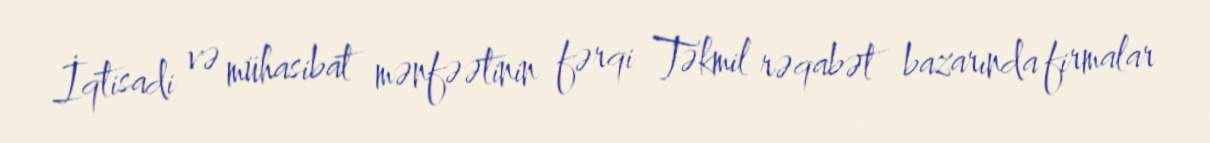
İqtisadi və mühasibat mənfəətinin fərqi Təkmil rəqabət bazarında firmalar